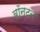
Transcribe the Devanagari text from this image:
बॉनटन